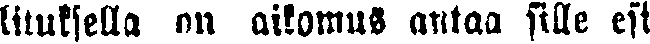
lituksella on aikomus antaa sille esi